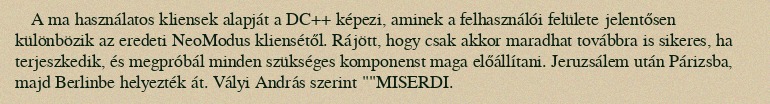
A ma használatos kliensek alapját a DC++ képezi, aminek a felhasználói felülete jelentősen különbözik az eredeti NeoModus kliensétől. Rájött, hogy csak akkor maradhat továbbra is sikeres, ha terjeszkedik, és megpróbál minden szükséges komponenst maga előállítani. Jeruzsálem után Párizsba, majd Berlinbe helyezték át. Vályi András szerint ""MISERDI.